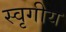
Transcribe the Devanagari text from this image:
स्वृगीय